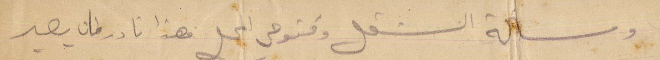
ومسألة الشغل وفتوحي المحل فهذا نادر بان يصير